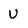
Character: U